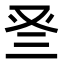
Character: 𠬴